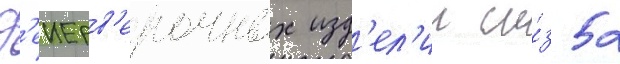
Ф'еиерв'ерочных изд'ел'ии и́з 52